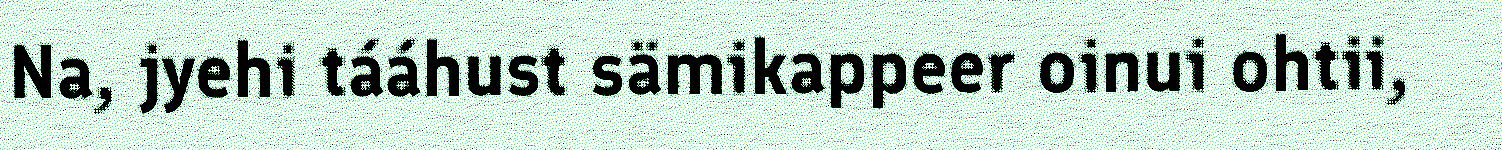
Na, jyehi tááhust sämikappeer oinui ohtii,